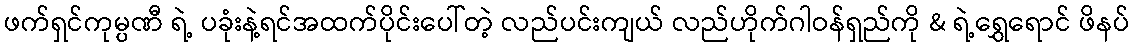
ဖက်ရှင်ကုမ္ပဏီ ရဲ့ ပခုံးနဲ့ရင်အထက်ပိုင်းပေါ်တဲ့ လည်ပင်းကျယ် လည်ဟိုက်ဂါဝန်ရှည်ကို & ရဲ့ရွှေရောင် ဖိနပ်